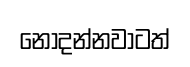
නොදන්නවාටත්